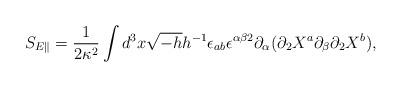
\begin{align*}S_{E \parallel}=\frac{1}{2\kappa ^{2}}\int d^{3}x\sqrt{-h}h^{-1}\epsilon _{ab}\epsilon ^{\alpha \beta 2}\partial _{\alpha }(\partial _{2}X^{a}\partial _{\beta}\partial _{2}X^{b}),\end{align*}